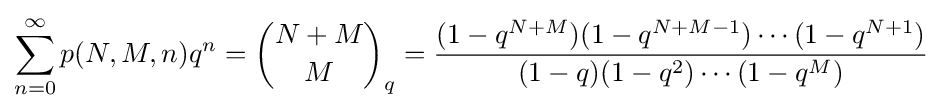
\sum _{n=0}^{\infty }p(N,M,n)q^{n}={N+M \choose M}_{q}={\frac {(1-q^{N+M})(1-q^{N+M-1})\cdots (1-q^{N+1})}{(1-q)(1-q^{2})\cdots (1-q^{M})}}